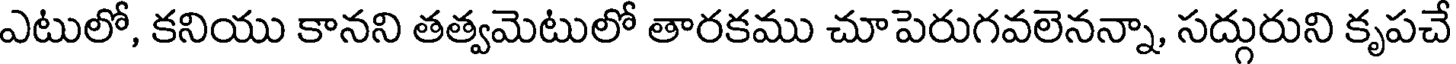
ఎటులో, కనియు కానని తత్వమెటులో తారకము చూపెరుగవలెనన్నా, సద్గురుని కృపచే